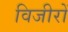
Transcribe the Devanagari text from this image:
विजीरों